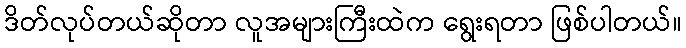
ဒိတ်လုပ်တယ်ဆိုတာ လူအများကြီးထဲက ရွေးရတာ ဖြစ်ပါတယ်။